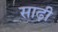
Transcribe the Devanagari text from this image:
साढ़ी